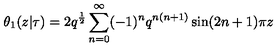
\theta _ { 1 } ( z | \tau ) = 2 q ^ { \frac { 1 } { 2 } } \sum _ { n = 0 } ^ { \infty } ( - 1 ) ^ { n } q ^ { n ( n + 1 ) } \sin ( 2 n + 1 ) \pi z